Indian journal of veterinary science and animal husbandry - Volumes 28-29, 1958-1959
Year: 1958
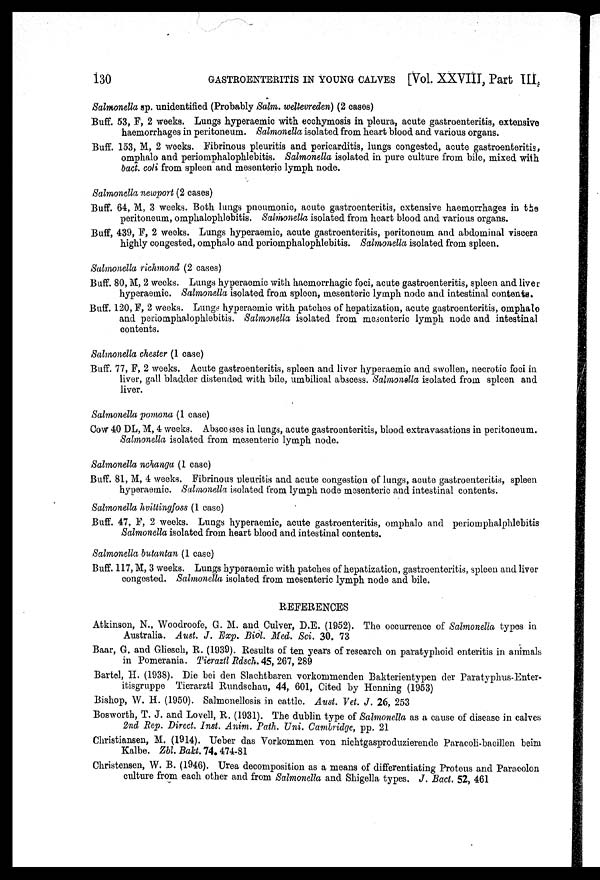
130
GASTROENTERITIS IN YOUNG CALVES [Vol. XXVIII, Part III
Salmonella sp. unidentified (Probably Salm. wellevreden) (2 cases)
Buff. 53, F, 2 weeks. Lungs hyperaemic with ecchymosis in pleura, acute gastroenteritis, extensive
haemorrhages in peritoneum. Salmonella isolated from heart blood and various organs.
Buff. 153, M, 2 weeks. Fibrinous pleuritis and pericarditis, lungs congested, acute gastroenteritis,
omphalo and periomphalophlebitis. Salmonella isolated in pure culture from bile, mixed with
bact. coli from spleen and mesenteric lymph node.
Salmonella newport (2 cases)
Buff. 64, M, 3 weeks. Both lungs pneumonic, acute gastroenteritis, extensive haemorrhages in the
peritoneum, omphalophlebitis. Salmonella isolated from heart blood and various organs.
Buff, 439, F, 2 weeks. Lungs hyperaemic, acute gastroenteritis, peritoneum and abdominal viscera
highly congested, omphalo and periomphalophlebitis. Salmonella isolated from spleen.
Salmonella richmond (2 cases)
Buff. 80, M, 2 weeks. Lungs hyperaemic with haemorrhagic foci, acute gastroenteritis, spleen and liver
hyperaemic. Salmonella isolated from spleen, mesenteric lymph node and intestinal contents.
Buff. 120, F, 2 weeks. Lungs hyperaemic with patches of hepatization, acute gastroenteritis, omphalo
and periomphalophlebitis. Salmonella isolated from mesenteric lymph node and intestinal
contents.
Salmonella Chester (1 case)
Buff. 77, F, 2 weeks. Acute gastroenteritis, spleen and liver hyperaemic and swollen, necrotic foci in
liver, gall bladder distended with bile, umbilical abscess. Salmonella isolated from spleen and
liver.
Salmonella pomona (1 case)
Cow 40 DL, M, 4 weeks. Abscesses in lungs, acute gastroenteritis, blood extravasations in peritoneum.
Salmonella isolated from mesenteric lymph node.
Salmonella nchanga (1 case)
Buff. 81, M, 4 weeks. Fibrinous pleuritis and acute congestion of lungs, acute gastroenteritis, spleen
hyperaemic. Salmonella isolated from lymph node mesenteric and intestinal contents.
Salmonella hvittingfoss (1 case)
Buff. 47, F, 2 weeks. Lungs hyperaemic, acute gastroenteritis, omphalo and periomphalphlebitis
Salmonella isolated from heart blood and intestinal contents.
Salmonella butantan (1 case)
Buff. 117, M, 3 weeks. Lungs hyperaemic with patches of hepatization, gastroenteritis, spleen and liver
congested. Salmonella isolated from mesenteric lymph node and bile.
REFERENCES
Atkinson, N., Woodroofe, G. M. and Culver, D.E. (1952). The occurrence of Salmonella types in
Australia. Aust. J. Exp. Biol. Med. Sci. 30. 73
Baar, G. and Gliesch, R. (1939). Results of ten years of research on paratyphoid enteritis in animals
in Pomerania. Tieraztl Rdsch. 45, 267, 289
Bartel, H. (1938). Die bei den Slachtbaren vorkorumenden Bakterientypen der Paratyphus-Enter-
itisgruppe Tierarztl Rundschau, 44, 601, Cited by Henning (1953)
Bishop, W. H. (1950). Salmonellosis in cattle. Aust. Vet. J. 26, 253
Bosworth, T. J. and Lovell, R. (1931). The dublin type of Salmonella as a cause of disease in calves
2nd Rep. Direct. Inst. Anim. Path. Uni. Cambridge, pp. 21
Christiansen, M. (1914). Ueber das Vorkommen von nichtgasproduzierende Paracoli-bacillen beim
Kalbe. Zbl. Bakt. 74. 474-81
Christensen, W. B. (1946). Urea decomposition as a means of differentiating Proteus and Paracolon
culture from each other and from Salmonella and Shigella types. J. Bact. 52, 461